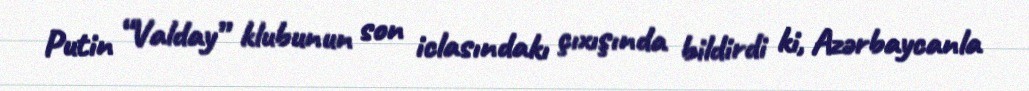
Putin “Valday” klubunun son iclasındakı çıxışında bildirdi ki, Azərbaycanla